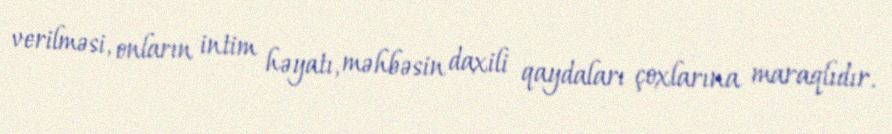
verilməsi, onların intim həyatı, məhbəsin daxili qaydaları çoxlarına maraqlıdır.